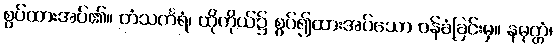
စွပ်ထားအပ်၏။ တံသင်္ကရံ၊ ထိုကိုယ်၌ စွပ်၍ထားအပ်သော ဝန်ခံခြင်းမှ။ နမုတ္တံ၊